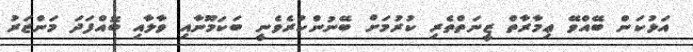
އަޅުކަން ބޭއްވޭ ޢިމާރާތް ޒީނަތްތެރި ކުރުމަށް ބޭނުންކުރެވެނީ ބަކަމޫނާއި ވާލާއި ބޮއްފަދަ މަންޒަރު